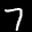
Label: 7